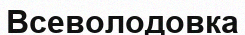
Всеволодовка